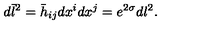
d \bar { l } ^ { 2 } = \bar { h } _ { i j } d x ^ { i } d x ^ { j } = e ^ { 2 \sigma } d l ^ { 2 } .